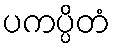
ပကပ္ပိတံ